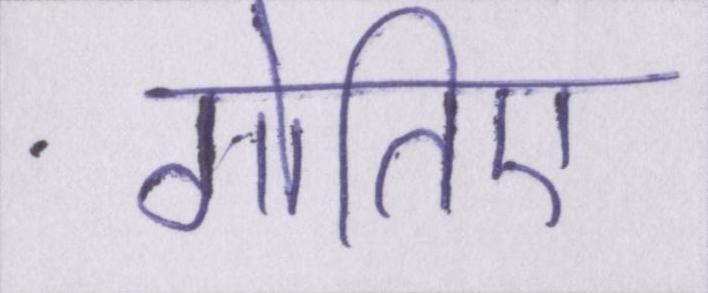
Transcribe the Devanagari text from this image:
गोतिए